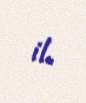
il.